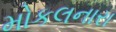
મોકલનારા